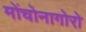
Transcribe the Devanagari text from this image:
मोंचोनागोरो